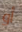
أو